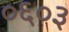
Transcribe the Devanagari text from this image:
०६०३